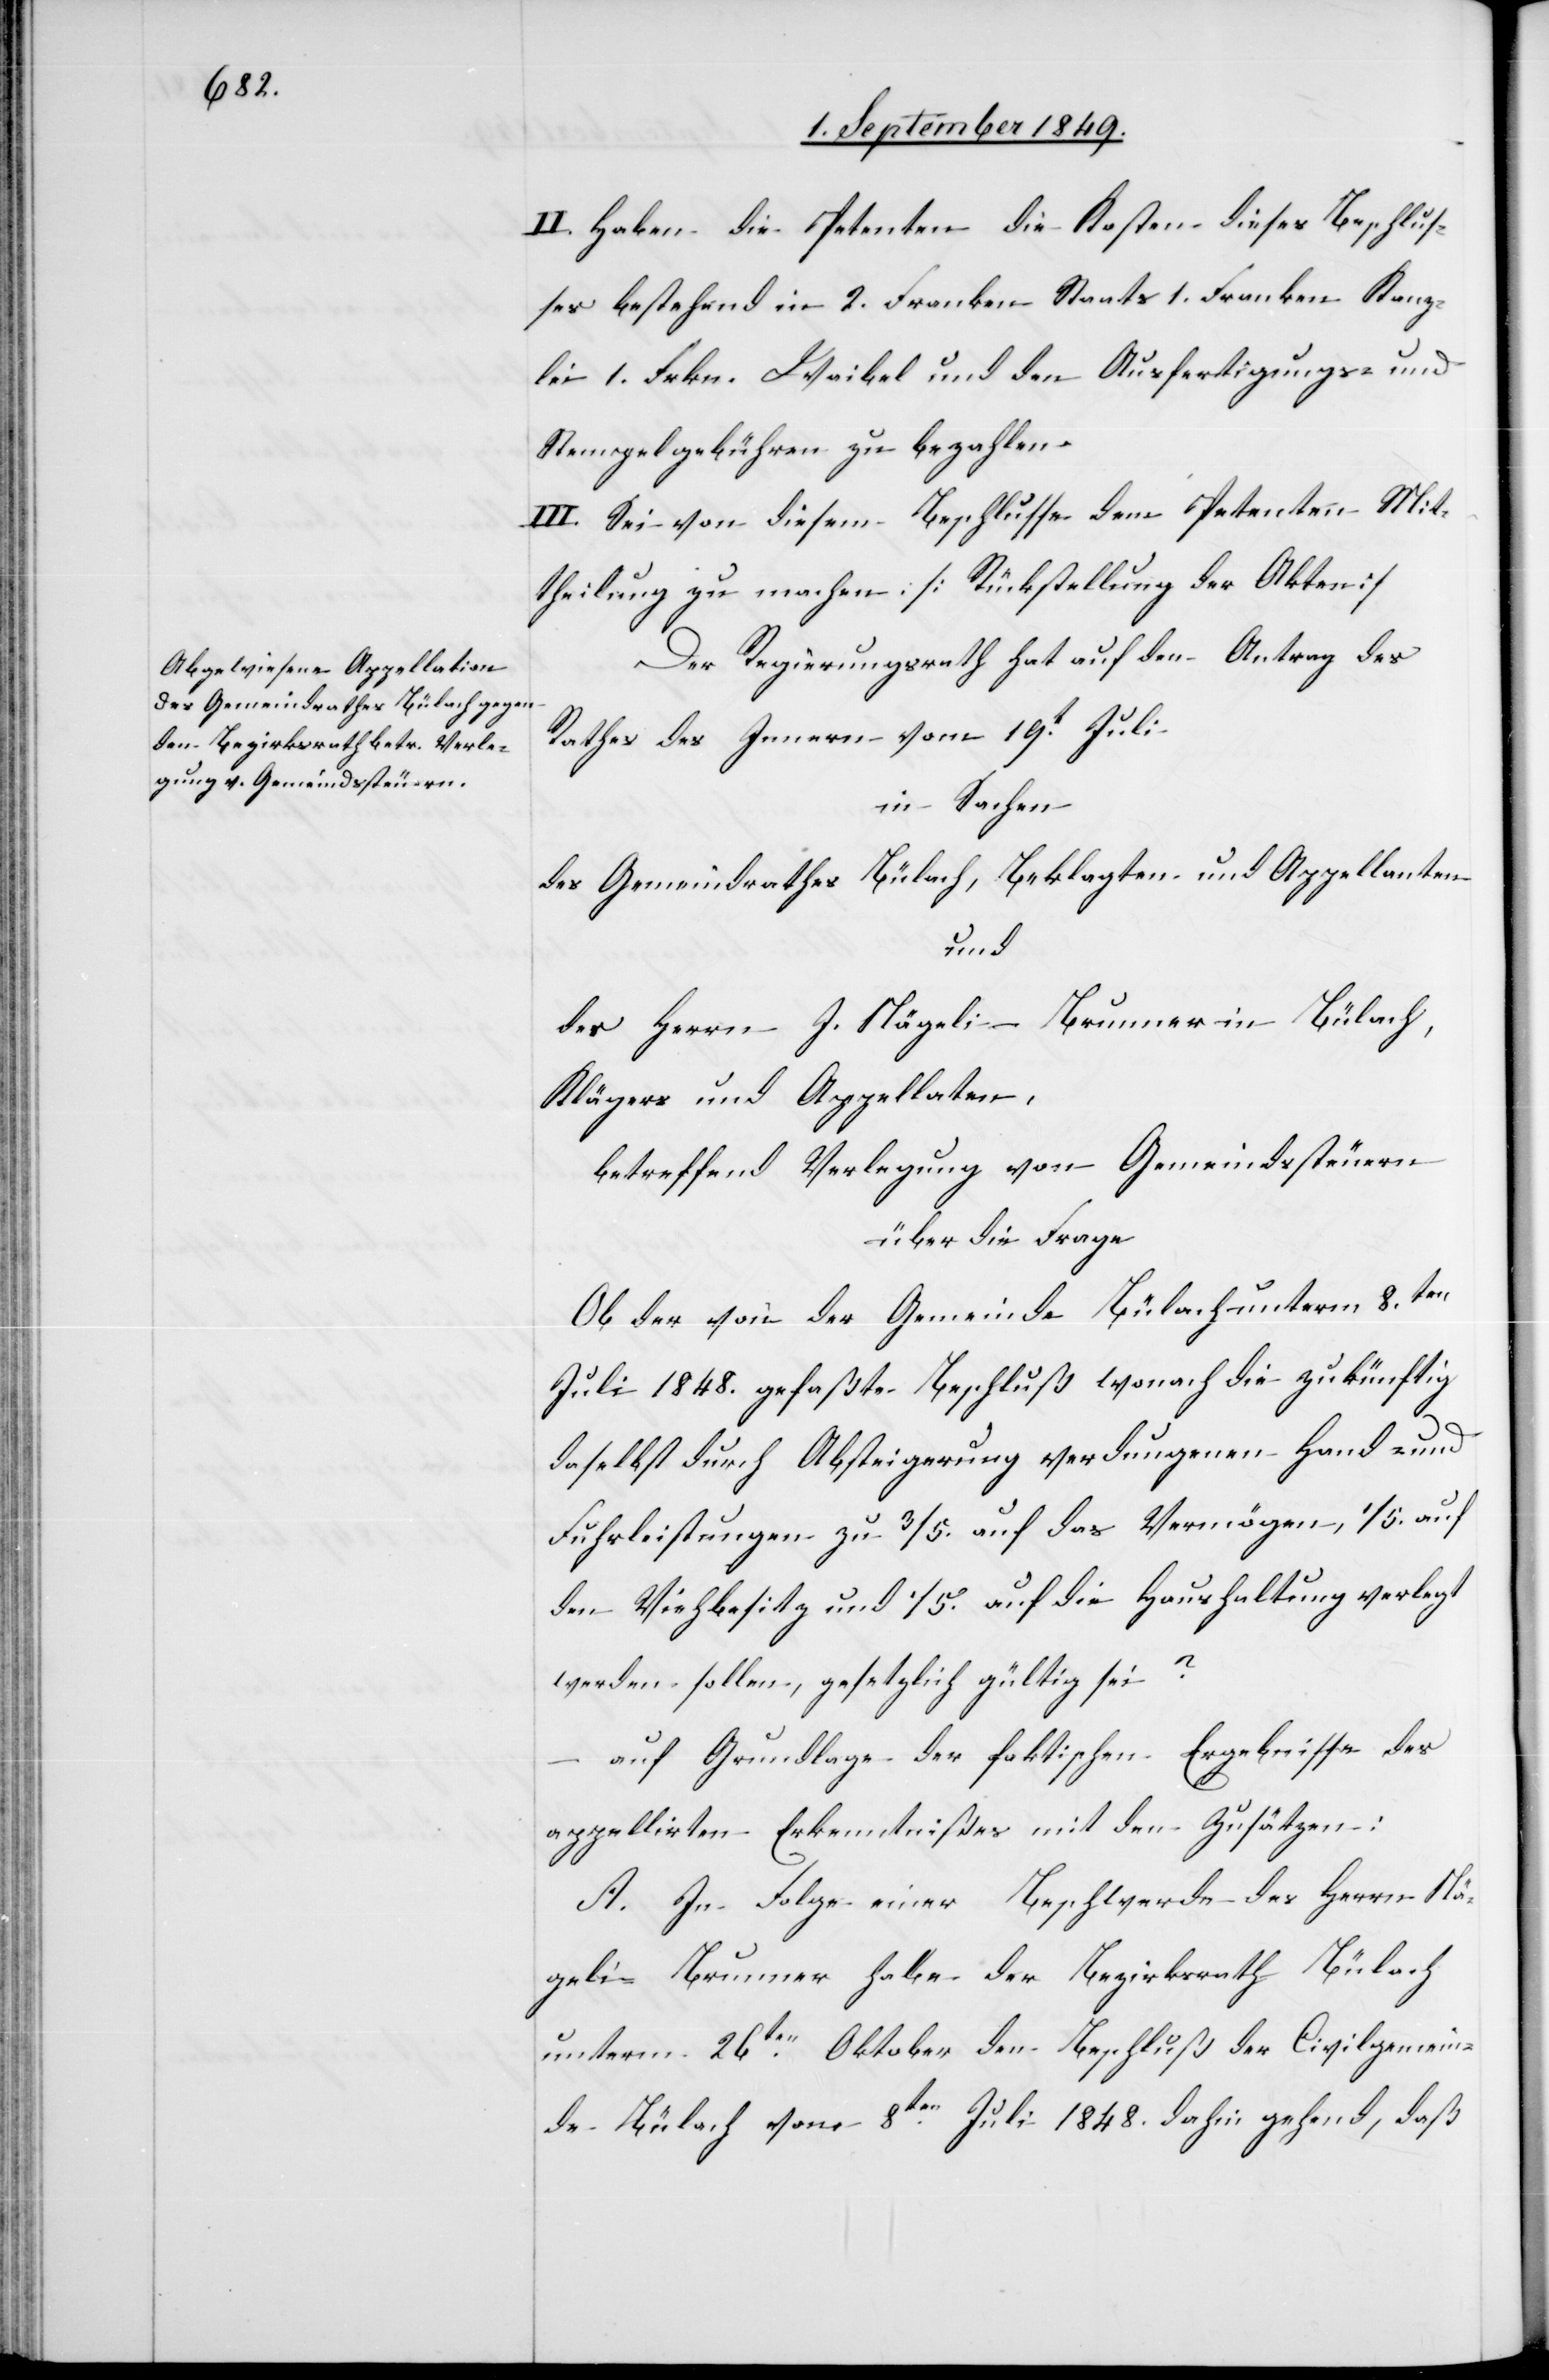
II. Haben die Petenten die Kosten dieses Beschlus¬
ses bestehend in 2. Franken Staats[-,] 1. Franken Kanz¬
lei[-,] 1. Frkn. Waibel[-] und den Ausfertigungs- und
Stempelgebühren zu bezahlen.
III. Sei von diesem Beschlusse dem Petenten Mit¬
theilung zu machen. [Rückstellung der Akten]
Der Regierungsrath hat auf den Antrag des
Rathes des Innern vom 19t Juli
in Sachen
des Gemeindrathes Bülach, Beklagten und Appellanten
und
des Herrn J. Nägeli – Brunner in Bülach,
Klägers und Appellaten,
betreffend Verlegung von Gemeindssteuern
über die Frage
Ob der von der Gemeinde Bülach unterm 8ten
Juli 1848. gefaßte Beschluß verdungenen Hand-
Fuhrleistungen zu 3/5. auf das Vermögen, 1/5. auf
den Viehbesitz und 1/5. auf die Haushaltung verlegt
werden sollen, gesetzlich gültig sei?
auf Grundlage der faktischen Ergebnisse des
appelirten Erkenntnißes mit den Zusätzen:
A. In Folge einer Beschwerde des Herrn Nä¬
geli-Brunner habe der Bezirksrath Bülach
unterm 26ten Oktober den Beschluß der Civilgemein¬
de Bülach vom 8ten Juli 1848. dahin gehend, daß